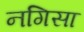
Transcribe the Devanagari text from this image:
नगिसा